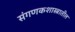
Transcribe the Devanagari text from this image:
संगणकशास्त्रातील